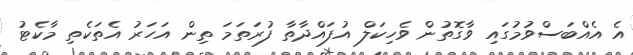
އެ އެއްބަސްވުމުގައި ވާގޮތުން ވެހިކަލް އުފައްދާތާ ފުރަތަމަ ތިން އަހަރު އެތަކެތި މާކެޓު